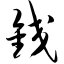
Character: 铰